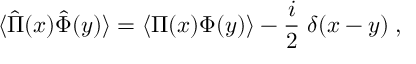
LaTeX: \langle \hat { \Pi } ( x ) \hat { \Phi } ( y ) \rangle = \langle \Pi ( x ) \Phi ( y ) \rangle - { \frac { i } { 2 } } \; \delta ( x - y ) \; ,